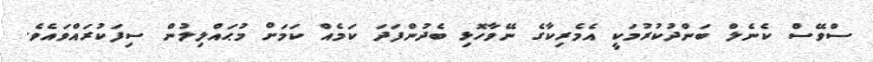
ސްވޭސް ކެނެލް ބަންދުކުރުމަކީ އެމެރިކާގެ ނޭވާހޮޅި ބެދުންފަދަ ކަމެއް ކަމަށް މުޙައްލިލުން ސިފަކުރައްވައެެވެ.